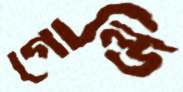
গোল্ডি